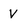
Character: V